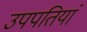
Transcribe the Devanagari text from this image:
उपपतियां